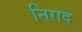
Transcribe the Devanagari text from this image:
निगद